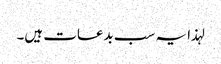
لہذا یہ سب بدعات ہیں۔